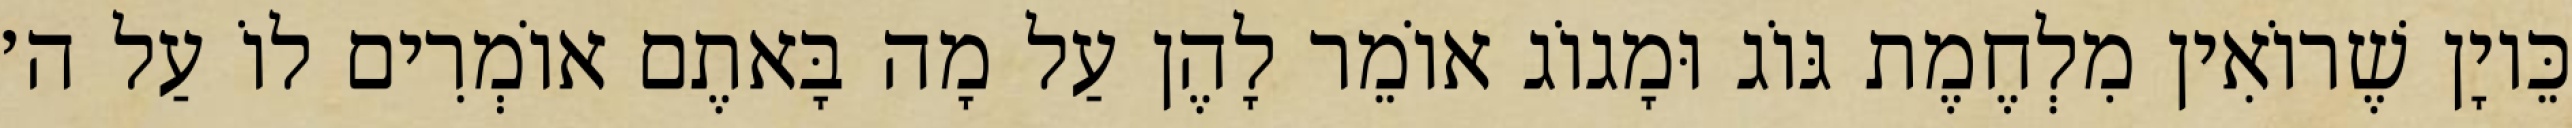
כֵּיוָן שֶׁרוֹאִין מִלְחֶמֶת גּוֹג וּמָגוֹג אוֹמֵר לָהֶן עַל מָה בָּאתֶם אוֹמְרִים לוֹ עַל ה׳